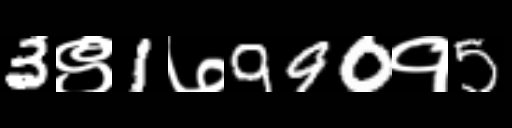
Text: 3९1७990१5